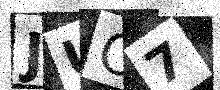
Text: JUO7